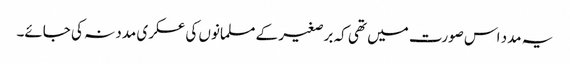
یہ مدد اس صورت میں تھی کہ برصغیر کے مسلمانوں کی عسکری مدد نہ کی جائے۔